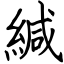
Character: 緘